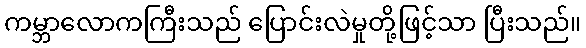
ကမ္ဘာလောကကြီးသည် ပြောင်းလဲမှုတို့ဖြင့်သာ ပြီးသည်။